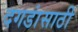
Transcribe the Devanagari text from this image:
दगडांसाठी